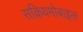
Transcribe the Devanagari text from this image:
सक्रियमोबाइल